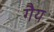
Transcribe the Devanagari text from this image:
गैय